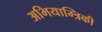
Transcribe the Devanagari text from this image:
अभियाम्त्रिकी